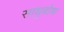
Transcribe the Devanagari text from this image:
साधुबोध